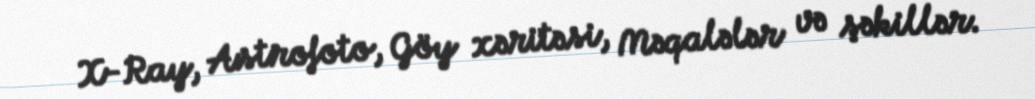
X-Ray, Astrofoto, Göy xəritəsi, Məqalələr və şəkillər.